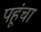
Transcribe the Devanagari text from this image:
पहूंचा